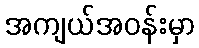
အကျယ်အဝန်းမှာ